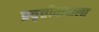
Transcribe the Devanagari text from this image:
प्रवृत्तीवादाला